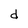
Character: d